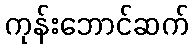
ကုန်းဘောင်ဆက်